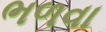
ભળવા